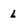
Character: l